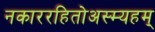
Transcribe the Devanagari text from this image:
नकाररहितोअस्म्यहम्